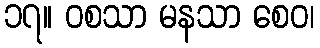
၁၇။ ဝစသာ မနသာ စေဝ၊